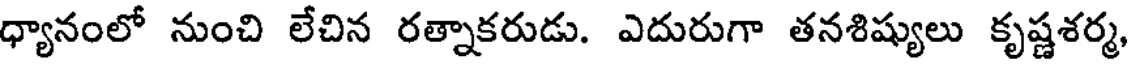
ధ్యానంలో నుంచి లేచిన రత్నాకరుడు. ఎదురుగా తనశిష్యులు కృష్ణశర్మ,